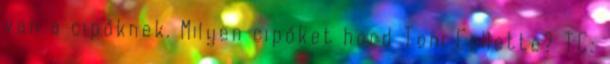
van a cipőknek. Milyen cipőket hord Toni Collette? TC: